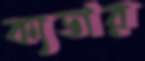
ক্যডার